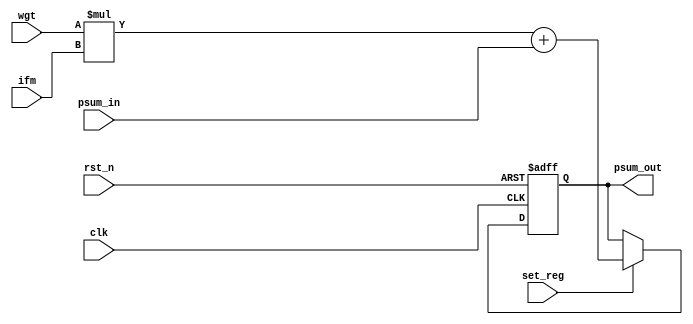
module PE #(parameter WEIGHT_WIDTH = 8, IFM_WIDTH = 8, PSUM_WIDTH = 16, POOLING = 0)(
    clk,
    rst_n,
    set_reg,
		ifm,
		wgt,
		psum_in,
		psum_out
		);

	input clk    ;  
	input rst_n  ;
	input set_reg;
	input  signed [IFM_WIDTH-1:0   ] ifm      ;
	input  signed [WEIGHT_WIDTH-1:0] wgt      ;
	input  signed [PSUM_WIDTH-1:0  ] psum_in  ;
	output signed [PSUM_WIDTH-1:0  ] psum_out ;
	
	reg  signed [PSUM_WIDTH-1:0] psum         ;

  always @(posedge clk or negedge rst_n)
  begin
    if (!rst_n)
      psum <= 0;
    else 
    begin
      if (set_reg)
      begin
        if (POOLING)
          psum <= (ifm > psum_in) ? ifm : psum_in;
        else
          psum <= wgt * ifm + psum_in;
      end
      else
        psum <= psum;
    end
  end

	assign psum_out = psum;
endmodule